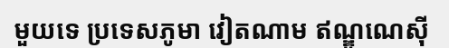
មួយទេ ប្រទេសភូមា វៀតណាម ឥណ្ឌូណេស៊ី